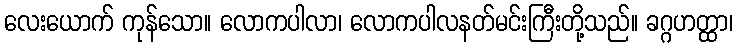
လေးယောက် ကုန်သော။ လောကပါလာ၊ လောကပါလနတ်မင်းကြီးတို့သည်။ ခဂ္ဂဟတ္ထာ၊